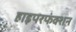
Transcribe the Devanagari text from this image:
हाइपरफंक्शन